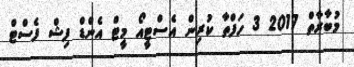
މުބާރާތް 2017 3 ހަފްތާ ކުރިން އެސްޓީއޯ މީޓް އެންޑް ފިޝް ފެސްޓް